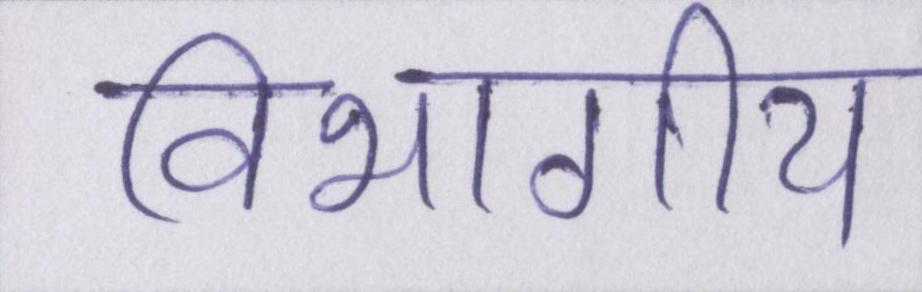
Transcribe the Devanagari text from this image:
विभागीय